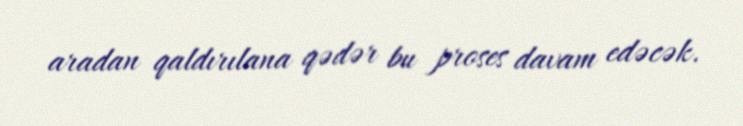
aradan qaldırılana qədər bu proses davam edəcək.